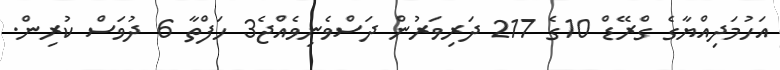
އަހުމަދިއްޔާގެ ގްރޭޑް 10ގެ 217 ދަރިިވަރުން ދަސްވެނިވެއްޖެ3 ހަފްތާ 6 ދުވަސް ކުރިން.